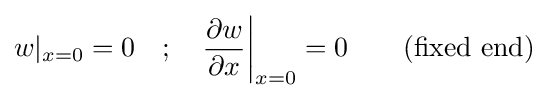
w|_{x=0}=0\quad ;\quad {\frac {\partial w}{\partial x}}{\bigg |}_{x=0}=0\qquad {\mbox{(fixed end)}}